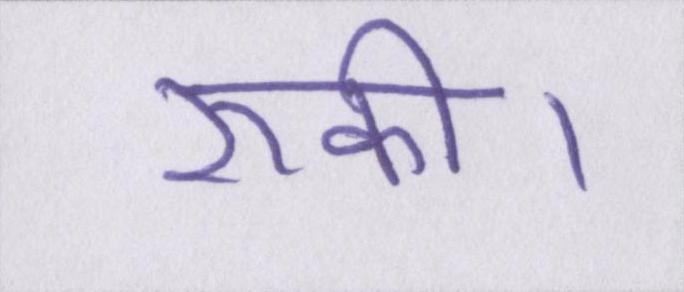
रुकी।